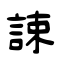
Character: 誎